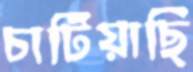
চাটিয়াছি